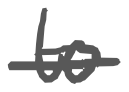
Text: to
Cross-out: single-line
Writing tool: digital_gray